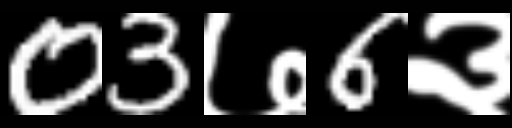
Text: 03७6३